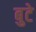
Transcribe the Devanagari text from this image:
बुटे